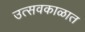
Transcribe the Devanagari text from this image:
उत्सवकाळात